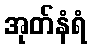
အုတ်နံရံ